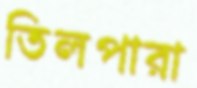
তিলপারা